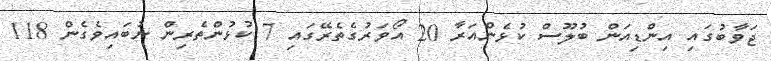
ޖަވާބުގައި އިންޑިއަން ބުލޫސް ކުޅެންއަރާ 20 އޯވަރުގެތެރޭގައި 7 ކުޅުންތެރިން ނުބައިވެގެން 118